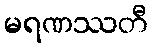
မရဏဿတီ